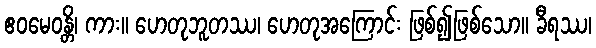
ဧဝမေဝန္တိ၊ ကား။ ဟေတုဘူတဿ၊ ဟေတုအကြောင်း ဖြစ်၍ဖြစ်သော။ ခီရဿ၊